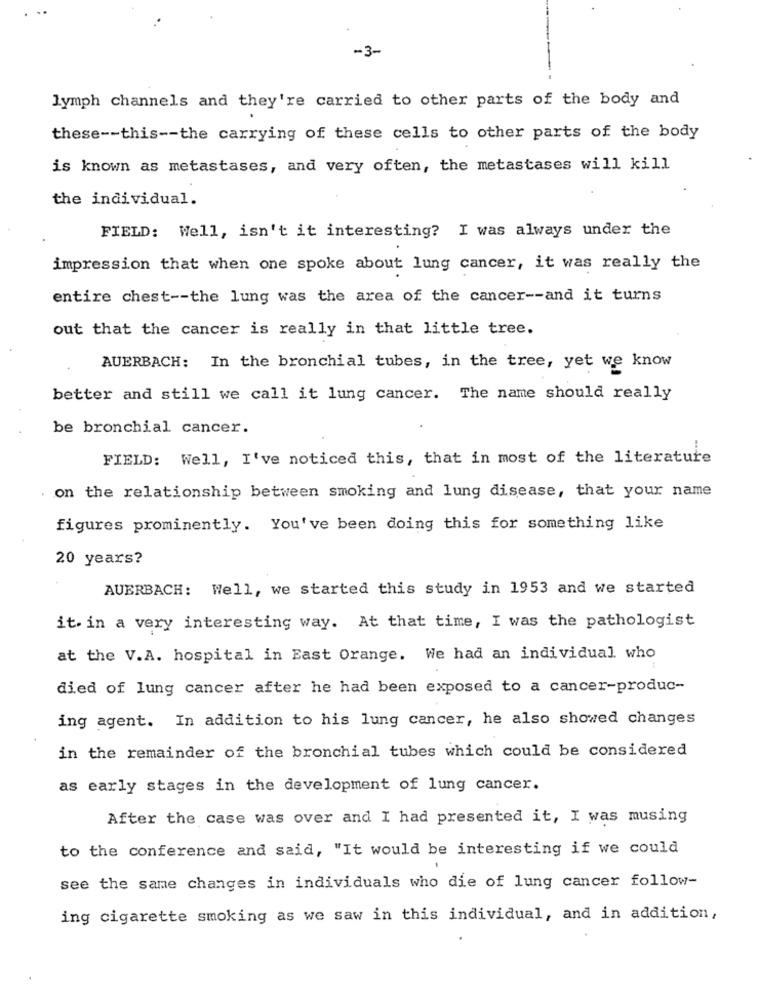
-3-
lymph channels and they're carried to other parts of the body and
these -- this -- the carrying of these cells to other parts of the body
is known as metastases, and very often, the metastases will kill
the individual.
FIELD: Well, isn't it interesting? I was always under the
impression that when one spoke about lung cancer, it was really the
entire chest -- the lung was the area of the cancer -- and it turns
out that the cancer is really in that little tree.
AUERBACH: In the bronchial tubes, in the tree, yet we know
better and still we call it lung cancer. The name should really
be bronchial cancer.
..
FIELD: Well, I've noticed this, that in most of the literature
on the relationship between smoking and lung disease, that your name
figures prominently. You've been doing this for something like
20 years?
AUERBACH: Well, we started this study in 1953 and we started
it. in a very interesting way. At that time, I was the pathologist
at the V.A. hospital in East Orange. We had an individual who
died of lung cancer after he had been exposed to a cancer-produc-
ing agent. In addition to his lung cancer, he also showed changes
in the remainder of the bronchial tubes which could be considered
as early stages in the development of lung cancer.
After the case was over and I had presented it, I was musing
to the conference and said, "It would be interesting if we could
see the same changes in individuals who die of lung cancer follow-
ing cigarette smoking as we saw in this individual, and in addition,